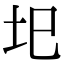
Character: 圯